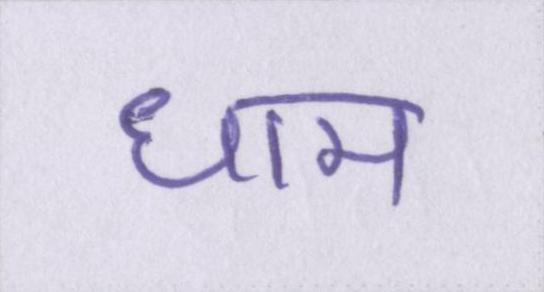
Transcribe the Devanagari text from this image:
धाम